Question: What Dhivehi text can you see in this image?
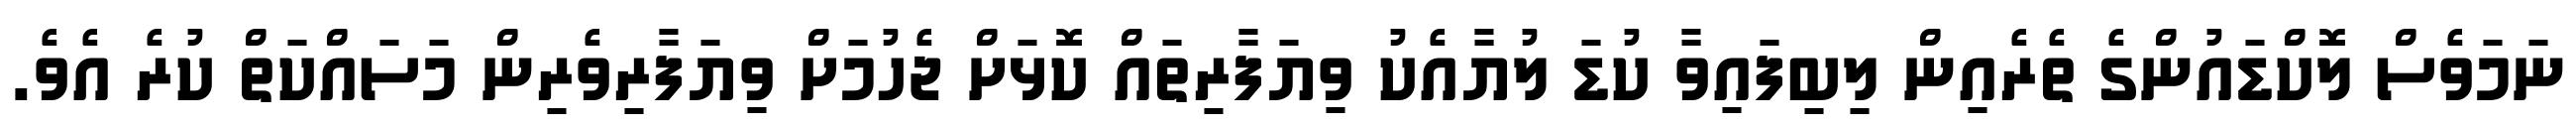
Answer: ނަމަވެސް ލޮކްޑައުންގެ ތެރެއިން ލިބިފައިވާ ކުޑަ ލުޔާއެކު ވިޔަފާރިތައް ކޮޅަށް ޖެހުމަށް ވިޔަފާރިވެރިން މަސައްކަތް ކުރެ އެވެ.